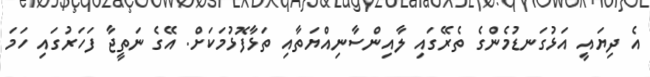
އެ ދިޔައީ އަޅުގަނޑުމެންގެ ތެރޭގައި ލާއިންސާނިއްޔަތާއި ތަޅާފޮޅުމަކަށް. އޭގެ ނަތީޖާ ފަހަރުގައި ހަމަ